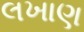
લખાણ